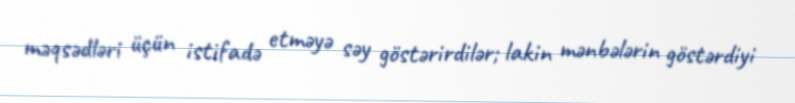
məqsədləri üçün istifadə etməyə səy göstərirdilər; lakin mənbələrin göstərdiyi